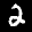
Label: 2